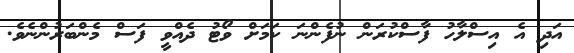
އަދި އެ އިސްލާހު ފާސްކުރަން ނުފެންނަ ކަމަށް ވޯޓު ދެއްވީ ފަސް މެންބަރުންނެވެ.